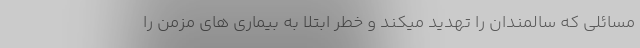
مسائلی که سالمندان را تهدید میکند و خطر ابتلا به بیماری های مزمن را